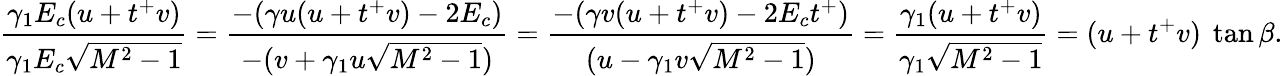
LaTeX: \frac{\gamma_{1}E_{c}(u+t^{+}v)}{\gamma_{1}E_{c}\sqrt{M^{2}-1}}=\frac{-(\gamma u(u+t^{+}v)-2E_{c})}{-(v+\gamma_{1}u\sqrt{M^{2}-1})}=\frac{-(\gamma v(u+t^{+}v)-2E_{c}t^{+})}{(u-\gamma_{1}v\sqrt{M^{2}-1})}=\frac{\gamma_{1}(u+t^{+}v)}{\gamma_{1}\sqrt{M^{2}-1}}=(u+t^{+}v)~\tan{\beta}.